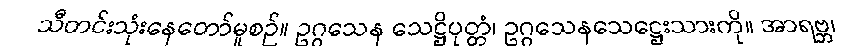
သီတင်းသုံးနေတော်မူစဉ်။ ဥဂ္ဂသေန သေဋ္ဌိပုတ္တံ၊ ဥဂ္ဂသေနသေဋ္ဌေးသားကို။ အာရဗ္ဘ၊